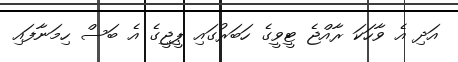
އަދި އެ ވާހަކަ ރާއްޖެ ޓީވީގެ ހަބަރުގައި ޕީޖީގެ އެ ބަސް ހިމަނާފައި